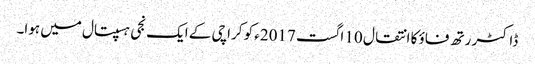
ڈاکٹر رتھ فاؤ کا انتقال 10 اگست 2017ء کو کراچی کے ایک نجی ہسپتال میں ہوا۔